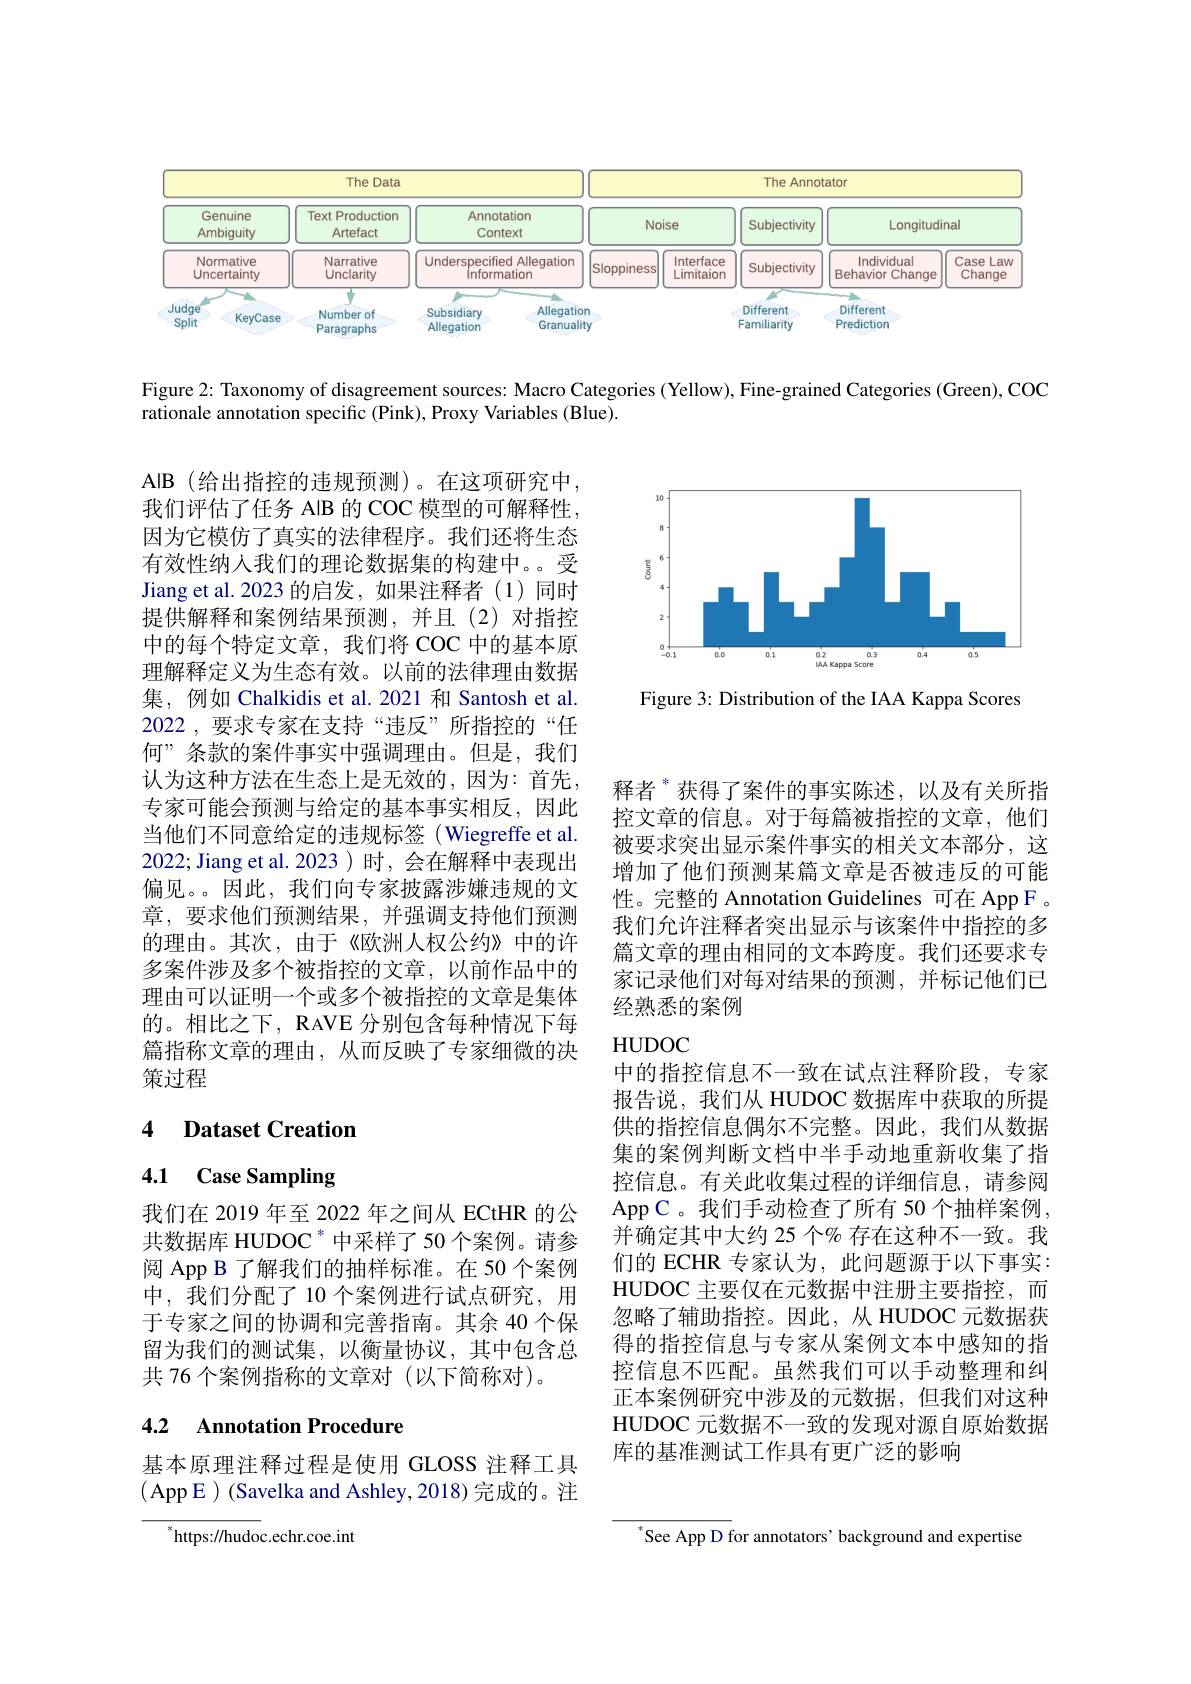
<FigureHere>

Figure 2: Taxonomy of disagreement sources: Macro Categories (Yellow), Fine-grained Categories (Green), COC
rationale annotation specific (Pink), Proxy Variables (Blue).

<FigureHere>

Figure 3: Distribution of the IAA Kappa Scores

AIB (给出指控的违规预测)。在这项研究中我们评估了任务 AIB 的 COC 模型的可解释性， 因为它模仿了真实的法律程序。我们还将生态有效性纳人我们的理论数据集的构建中。。受Jiang et al. 2023 的启发，如果注释者(1)同时提供解释和案例结果预测，并且(2)对指控中的每个特定文章，我们将 COC 中的基本原理解释定义为生态有效。以前的法律理由数据集，例如 Chalkidis et al. 2021 和 Santosh et al. 2022,要求专家在支持“违反”所指控的“任何”条款的案件事实中强调理由。但是，我们认为这种方法在生态上是无效的，因为：首先， 专家可能会预测与给定的基本事实相反，因此当他们不同意给定的违规标签(Wiegreffe et al. 2022; Jiang et al. 2023 ) 时，会在解释中表现出偏见。。因此，我们向专家披露涉嫌违规的文章，要求他们预测结果，并强调支持他们预测的理由。其次，由于《欧洲人权公约》中的许多案件涉及多个被指控的文章，以前作品中的理由可以证明一个或多个被指控的文章是集体的。相比之下，RAVE 分别包含每种情况下每篇指称文章的理由，从而反映了专家细微的决策过程

释者$^{*}$获得了案件的事实陈述，以及有关所指控文章的信息。对于每篇被指控的文章，他们被要求突出显示案件事实的相关文本部分，这增加了他们预测某篇文章是否被违反的可能性。完整的 Annotation Guidelines 可在 App F 。我们允许注释者突出显示与该案件中指控的多篇文章的理由相同的文本跨度。我们还要求专家记录他们对每对结果的预测，并标记他们已经熟悉的案例

## HUDOC

### 4 $\textbf{Dataset Creation}$

# 4.1 Case Sampling

中的指控信息不一致在试点注释阶段，专家报告说，我们从 HUDOC 数据库中获取的所提供的指控信息偶尔不完整。因此，我们从数据集的案例判断文档中半手动地重新收集了指控信息。有关此收集过程的详细信息，请参阅App C 。我们手动检查了所有 50 个抽样案例， 并确定其中大约 25 个% 存在这种不一致。我们的 ECHR 专家认为，此问题源于以下事实： HUDOC 主要仅在元数据中注册主要指控，而忽略了辅助指控。因此，从 HUDOC 元数据获得的指控信息与专家从案例文本中感知的指控信息不匹配。虽然我们可以手动整理和纠正本案例研究中涉及的元数据，但我们对这种HUDOC 元数据不一致的发现对源自原始数据库的基准测试工作具有更广泛的影响

我们在 2019 年至 2022 年之间从 ECtHR 的公共数据库 HUDOC * 中采样了 50 个案例。请参阅 App B 了解我们的抽样标准。在 50 个案例中，我们分配了 10 个案例进行试点研究，用于专家之间的协调和完善指南。其余 40 个保留为我们的测试集，以衡量协议，其中包含总共 76 个案例指称的文章对 (以下简称对)。

### 4.2 Annotation Procedure

基本原理注释过程是使用 GLOSS 注释工具(AppE ) (Savelka and Ashley, 2018) 完成的。注

$^{*}$https://hudoc.echr.coe.int

$^*$See App D for annotators’ background and expertise